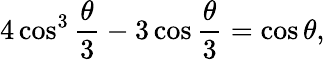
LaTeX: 4\cos^{3}{\frac{\theta}{3}}-3\cos{\frac{\theta}{3}}=\cos\theta,